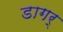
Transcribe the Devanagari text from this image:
डागर्